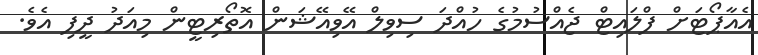
އެއާޕޯޓަށް ފްލައިޓް ޖެއްސުމުގެ ހުއްދަ ސިވިލް އޭވިއޭޝަން އޮތޯރިޓީން މިއަދު ދީފި އެވެ.